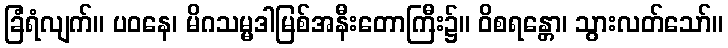
ခြံရံလျက်။ ပဝနေ၊ မိဂသမ္မဒါမြစ်အနီးတောကြီး၌။ ဝိစရန္တော၊ သွားလတ်သော်။